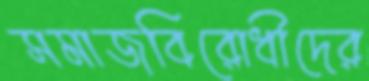
সমাজবিরোধীদের